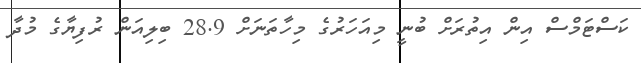
ކަސްޓަމްސް އިން އިތުރަށް ބުނީ މިއަހަރުގެ މިހާތަނަށް 28.9 ބިލިއަން ރުފިޔާގެ މުދާ